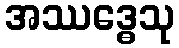
အဿဒ္ဓေသု